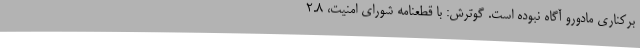
برکناری مادورو آگاه نبوده است. گوترش: با قطعنامه شورای امنیت، 2.8